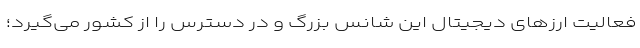
فعالیت ارز‌های دیجیتال این شانس بزرگ و در دسترس را از کشور می‌گیرد؛